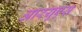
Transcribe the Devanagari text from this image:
आरयूएस